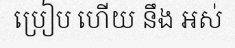
ប្រៀប ហើយ នឹង អស់